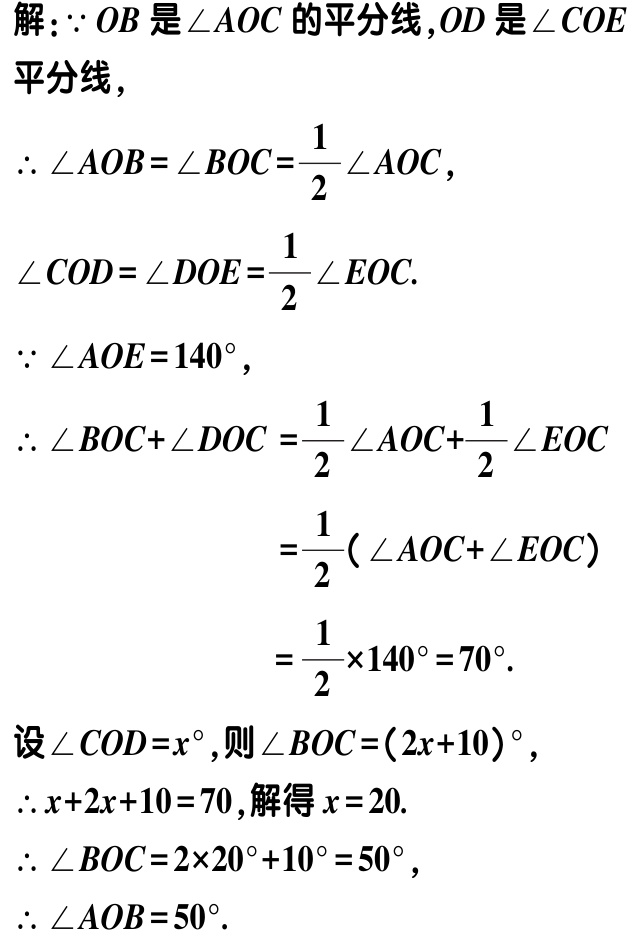
解：\(\because OB\)是\(\angle AOC\)的平分线，\(OD\)是\(\angle COE\)平分线，

\(\therefore \angle AOB = \angle BOC=\frac{1}{2}\angle AOC\)，

\(\angle COD = \angle DOE=\frac{1}{2}\angle EOC\).

\(\because \angle AOE = 140^{\circ}\)，

\(\therefore \angle BOC+\angle DOC =\frac{1}{2}\angle AOC+\frac{1}{2}\angle EOC\)

\(=\frac{1}{2}(\angle AOC+\angle EOC)\)

\(=\frac{1}{2}\times140^{\circ}=70^{\circ}\).

设\(\angle COD = x^{\circ}\)，则\(\angle BOC=(2x + 10)^{\circ}\)，

\(\therefore x + 2x + 10 = 70\)，解得\(x = 20\).

\(\therefore \angle BOC = 2\times20^{\circ}+10^{\circ}=50^{\circ}\)，

\(\therefore \angle AOB = 50^{\circ}\).